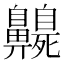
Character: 𪖻